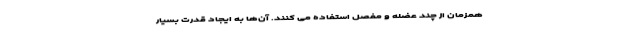
همزمان از چند عضله و مفصل استفاده می کنند. آن­ها به ایجاد قدرت بسیار